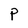
Character: P